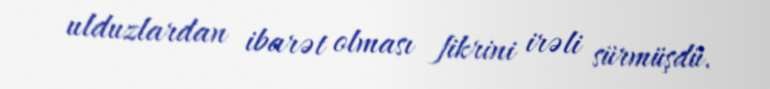
ulduzlardan ibarət olması fikrini irəli sürmüşdü.